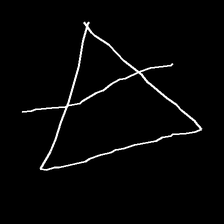
Glyph: empower